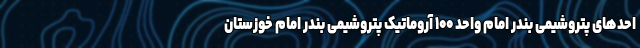
احدهای پتروشیمی بندر امام واحد ۱۰۰ آروماتیک پتروشیمی بندر امام خوزستان